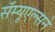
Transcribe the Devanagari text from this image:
सॅम्यूएल्सने